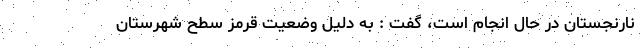
نارنجستان در حال انجام است، گفت : به دلیل وضعیت قرمز سطح شهرستان